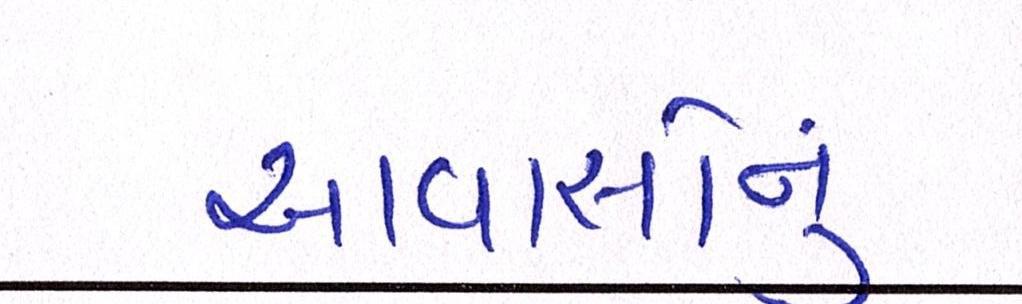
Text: આવાસોનું